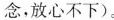
念，放心不下)。